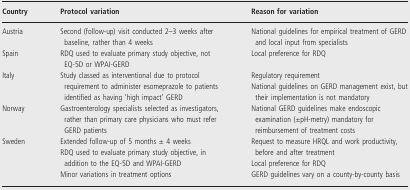
| Country | Protocol variation | Reason for variation |
 | --- | --- | --- |
 | Austria | Second (follow-up) visit conducted 2–3 weeks after baseline, rather than 4 weeks | National guidelines for empirical treatment of GERD and local input from specialists |
 | Spain | RDQ used to evaluate primary study objective, not EQ-5D or WPAI-GERD | Local preference for RDQ |
 | Italy | Study classed as interventional due to protocol requirement to administer esomeprazole to patients identified as having ‘high impact’ GERD | Regulatory requirement National guidelines on GERD management exist, but their implementation is not mandatory |
 | Norway | Gastroenterology specialists selected as investigators, rather than primary care physicians who must refer GERD patients | National GERD guidelines make endoscopic examination (±pH-metry) mandatory for reimbursement of treatment costs |
 | Sweden | Extended follow-up of 5 months ± 4 weeks RDQ used to evaluate primary study objective, in addition to the EQ-5D and WPAI-GERD Minor variations in treatment options | Request to measure HRQL and work productivity, before and after treatment Local preference for RDQ GERD guidelines vary on a county-by-county basis |